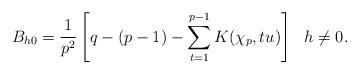
LaTeX: \begin{align*} B_{h0} = \frac{1}{p^2} \left[ q-(p-1)- \sum_{t=1}^{p-1} K(\chi_p, t u) \right] ~~h \neq 0. \end{align*}